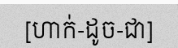
[ហាក់-ដូច-ជា]